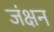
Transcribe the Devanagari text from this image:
जंक्षन